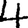
Digit: 4